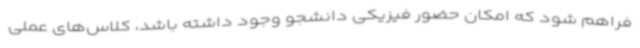
فراهم شود که امکان حضور فیزیکی دانشجو وجود داشته باشد، کلاس‌های عملی